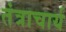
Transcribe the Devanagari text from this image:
तंत्राचार्य